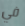
في